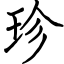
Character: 珍